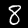
Label: 8